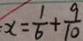
x = \frac { 1 } { 6 } + \frac { 9 } { 1 0 }